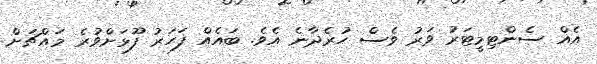
އެއް ސެންޓިމީޓަރު ވަރު ވެސް ހުރެދާނެ އެވެ. ބައެއް ފަހަރު ފޫޅަށްވުރެ މައްޗަށް